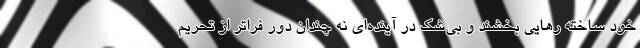
خود ساخته رهایی بخشند و بی‌شک در آینده‌ای نه چندان دور فراتر از تحریم